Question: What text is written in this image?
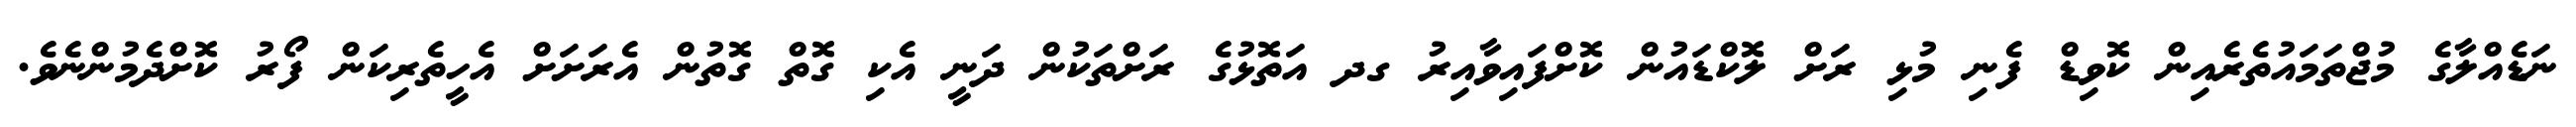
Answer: ނަޑެއްލާގެ މުޖްތަމައުތެރެއިން ކޮވިޑް ފެނި މުޅި ރަށް ލޮކްޑައުން ކޮށްފައިވާއިރު ގދ އަތޮޅުގެ ރަށްތަކުން ދަނީ އެކި ގޮތް ގޮތުން އެރަށަށް އެހީތެރިކަން ފޯރު ކޮށްދެމުންނެވެ.